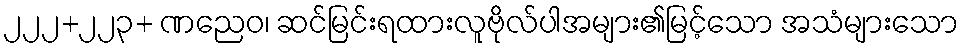
၂၂၂+၂၂၃+ ဏညေဝ၊ ဆင်မြင်းရထားလူဗိုလ်ပါအများ၏မြင့်သော အသံများသော